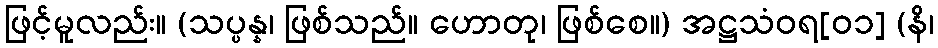
ဖြင့်မူလည်း။ (သပ္ပန္န၊ ဖြစ်သည်။ ဟောတု၊ ဖြစ်စေ။) အဋ္ဌသံဝရ[၀၁] (နိ၊